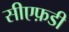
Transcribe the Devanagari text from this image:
सीएफ़डी